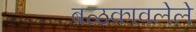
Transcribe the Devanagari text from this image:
बळकावलेले